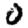
Digit: 0